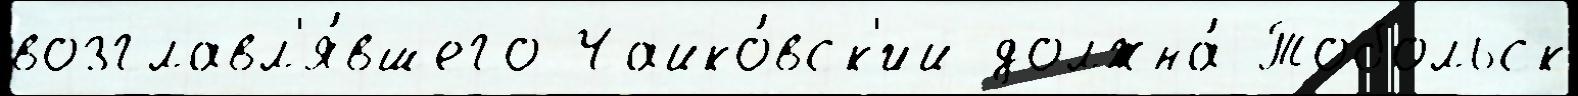
возглавл'я́вшего Чайко́вск'ий должна́ Тобольск